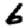
Digit: 6